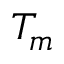
T _ { m }